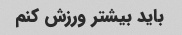
باید بیشتر ورزش کنم